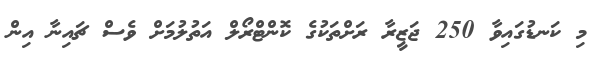
މި ކަނޑުގައިވާ 250 ޖަޒީރާ ރަށްތަކުގެ ކޮންޓްރޯލް އަތުލުމަށް ވެސް ޗައިނާ އިން